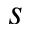
s